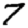
Digit: 7